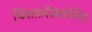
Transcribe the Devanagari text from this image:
बिसफ़ॉसफ़ोनेट